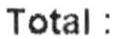
TOTAL :